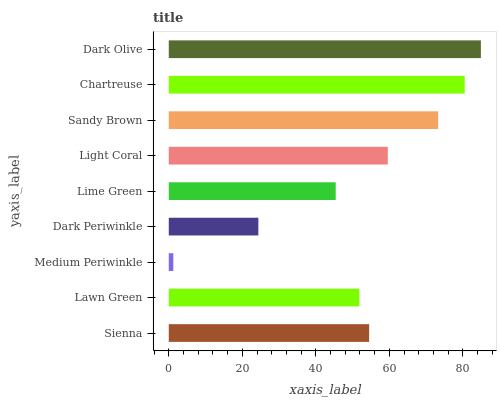
| yaxis_label | bars |
 | --- | --- |
 | Sienna | 54.5 |
 | Lawn Green | 51.8 |
 | Medium Periwinkle | 1.24 |
 | Dark Periwinkle | 24.4 |
 | Lime Green | 45.4 |
 | Light Coral | 59.6 |
 | Sandy Brown | 73.3 |
 | Chartreuse | 80.5 |
 | Dark Olive | 84.9 |